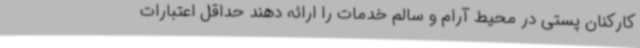
کارکنان پستی در محیط آرام و سالم خدمات را ارائه دهند حداقل اعتبارات